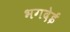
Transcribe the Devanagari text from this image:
भगदेई